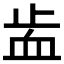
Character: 𧖭